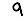
Digit: 9